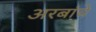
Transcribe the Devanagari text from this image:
अरबांचे